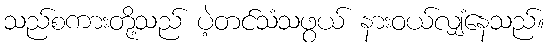
သည်စကားတို့သည် ပဲ့တင်သံသဖွယ် နားဝယ်လျှံနေသည်။